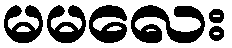
မမလေး